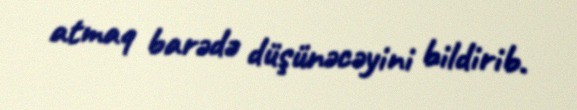
atmaq barədə düşünəcəyini bildirib.